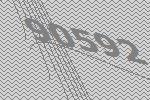
90592